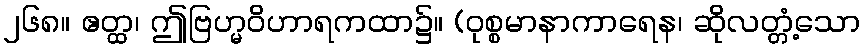
၂၆၈။ ဧတ္ထ၊ ဤဗြဟ္မဝိဟာရကထာ၌။ (ဝုစ္စမာနာကာရေန၊ ဆိုလတ္တံ့သော